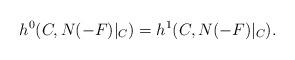
LaTeX: \begin{align*}h^0 (C, N(-F)|_C)=h^1 (C, N(-F)|_C).\end{align*}